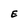
Character: E